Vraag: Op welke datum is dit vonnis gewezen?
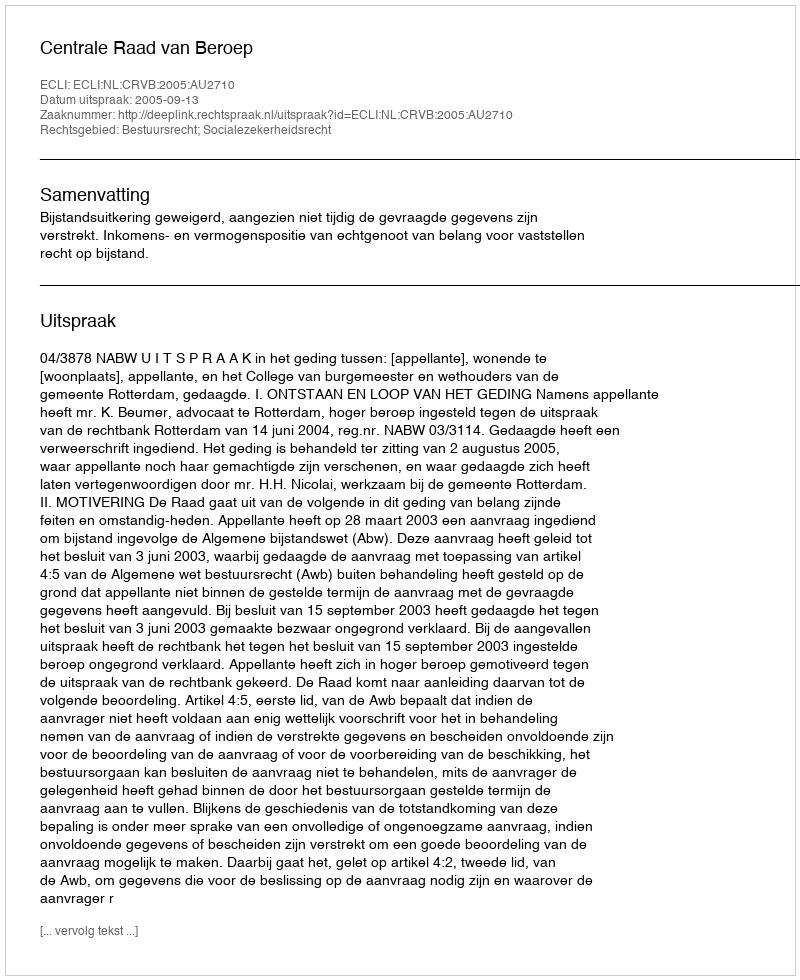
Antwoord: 2005-09-13